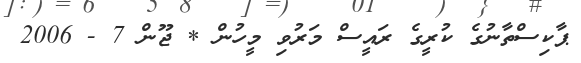
ޕާކިސްތާނުގެ ކުރީގެ ރައީސް މަރުވި މީހުން * ޖޫން 7 - 2006